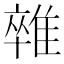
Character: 𨿼